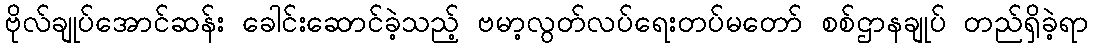
ဗိုလ်ချုပ်အောင်ဆန်း ခေါင်းဆောင်ခဲ့သည့် ဗမာ့လွတ်လပ်ရေးတပ်မတော် စစ်ဌာနချုပ် တည်ရှိခဲ့ရာ